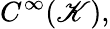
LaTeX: C^{\infty}(\mathscr{K}),